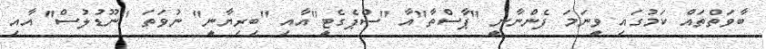
ބާވަތްތައް ކަމުގައި ވީނަމަ ފެންނާނީ "ޕާސްތާ"އާ "ސްޕެގެޓީ"އާއި "ބިރިޔާނީ" ނުވަތަ "ނޫޑުލުސް" އާއި